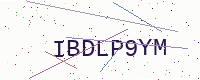
Text: IBDLP9YM